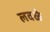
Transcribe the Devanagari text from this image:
लवळे